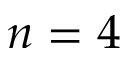
n = 4